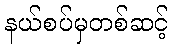
နယ်စပ်မှတစ်ဆင့်